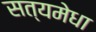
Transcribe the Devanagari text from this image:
सत्यमेधा